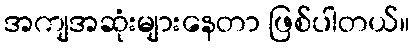
အကျအဆုံးများနေတာ ဖြစ်ပါတယ်။